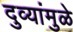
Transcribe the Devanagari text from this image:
दुव्यांमुळे